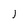
Character: J